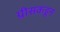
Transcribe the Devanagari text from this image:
ग्रीसकडून